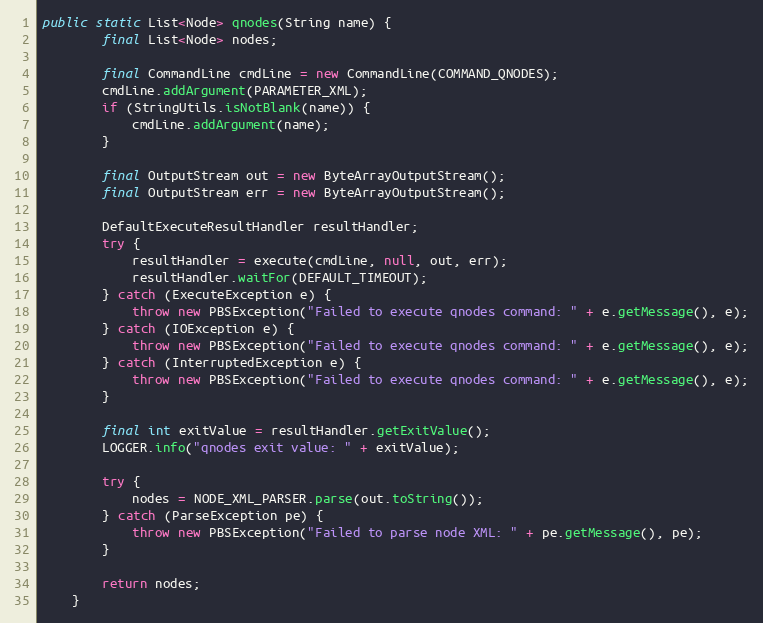
Language: Java
public static List<Node> qnodes(String name) {
        final List<Node> nodes;

        final CommandLine cmdLine = new CommandLine(COMMAND_QNODES);
        cmdLine.addArgument(PARAMETER_XML);
        if (StringUtils.isNotBlank(name)) {
            cmdLine.addArgument(name);
        }

        final OutputStream out = new ByteArrayOutputStream();
        final OutputStream err = new ByteArrayOutputStream();

        DefaultExecuteResultHandler resultHandler;
        try {
            resultHandler = execute(cmdLine, null, out, err);
            resultHandler.waitFor(DEFAULT_TIMEOUT);
        } catch (ExecuteException e) {
            throw new PBSException("Failed to execute qnodes command: " + e.getMessage(), e);
        } catch (IOException e) {
            throw new PBSException("Failed to execute qnodes command: " + e.getMessage(), e);
        } catch (InterruptedException e) {
            throw new PBSException("Failed to execute qnodes command: " + e.getMessage(), e);
        }

        final int exitValue = resultHandler.getExitValue();
        LOGGER.info("qnodes exit value: " + exitValue);

        try {
            nodes = NODE_XML_PARSER.parse(out.toString());
        } catch (ParseException pe) {
            throw new PBSException("Failed to parse node XML: " + pe.getMessage(), pe);
        }

        return nodes;
    }